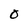
Character: O